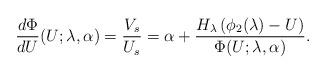
LaTeX: \begin{align*}\frac{d \Phi}{dU}(U; \lambda, \alpha)= \frac{V_{s}}{U_{s}}= \alpha + \frac{H_{\lambda} \left( \phi_{2}(\lambda) - U \right)}{\Phi (U; \lambda, \alpha)}.\end{align*}